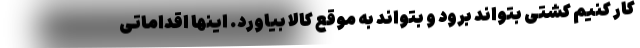
کار کنیم کشتی بتواند برود و بتواند به موقع کالا بیاورد. اینها اقداماتی